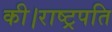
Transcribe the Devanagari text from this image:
की।राष्ट्रपति